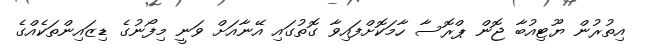
އިތުރުން ޔޫޓިއުބާ ޖޮން ޕްރޮސާ ހާމަކޮށްފައިވާ ގޮތުގައި އޭނާއަށް ވަނީ މިފޯނުގެ ޑިޒައިންތަކެއްގެ